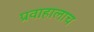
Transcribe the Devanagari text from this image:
प्रवाहालाच